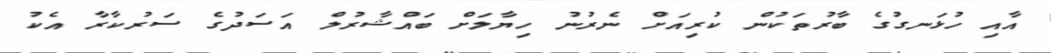
އާއި ހުޅަނގުގެ ބާރުތަކުން ކުރިއަށް ނެރުނު ހިޔާލަށް ބައްޝާރުލް އަސަދުގެ ސަރުކާރާ އެކު